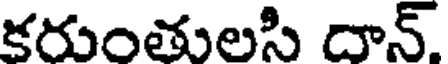
కరుంతులసి దాన్,